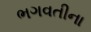
ભગવતીના